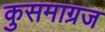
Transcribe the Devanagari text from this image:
कुसमाग्रज